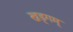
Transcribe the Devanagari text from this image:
खड्गम्